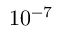
1 0 ^ { - 7 }